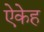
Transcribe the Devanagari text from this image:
ऐकेह